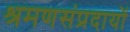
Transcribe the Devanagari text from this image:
श्रमणसंप्रदायों